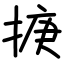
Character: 掶